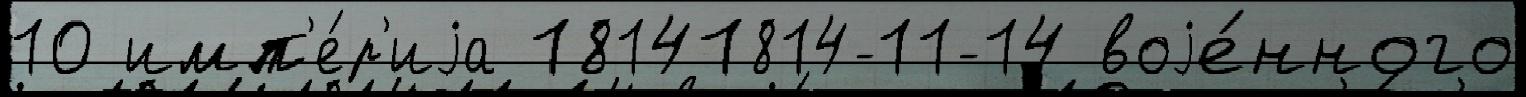
10 имп'е́р'иjа 18141814-11-14 воjе́нного